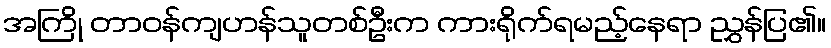
အကြို တာဝန်ကျဟန်သူတစ်ဦးက ကားရိုက်ရမည့်နေရာ ညွှန်ပြ၏။